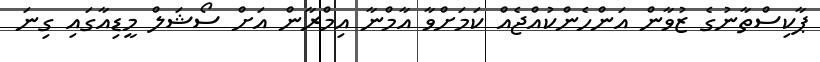
ޕާކިސްތާނުގެ ޒުވާން އަންހެންކުއްޖެއް ކަމަށްވާ އާމްނާ އިމްރާން އަށް ސޯޝަލް މީޑިއާގައި ގިނަ